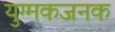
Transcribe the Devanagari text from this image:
युग्मकजनक